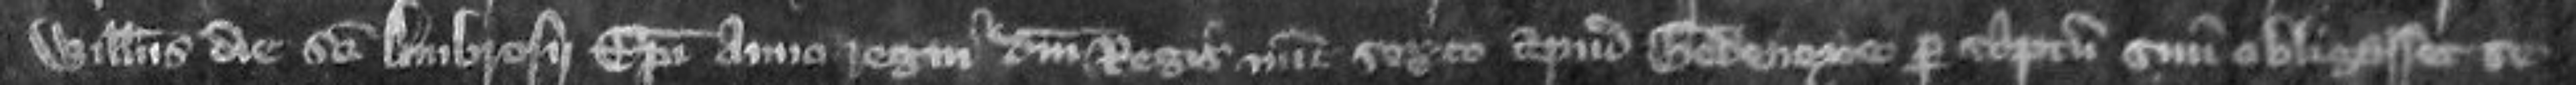
Willelmus die Sancti Ambrosii Episcopi anno regni domini regis nunc sexto apud Gedeneye per scriptum suum obligasset se